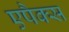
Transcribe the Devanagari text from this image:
एपैक्स